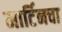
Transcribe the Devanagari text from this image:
मार्टिनचा